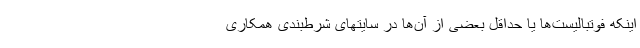
اینکه فوتبالیست‌ها یا حداقل بعضی از آن‌ها در سایتهای شرط‌بندی همکاری